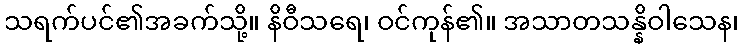
သရက်ပင်၏အခက်သို့။ နိဝီသရေ၊ ဝင်ကုန်၏။ အသာတသန္နိဝါသေန၊